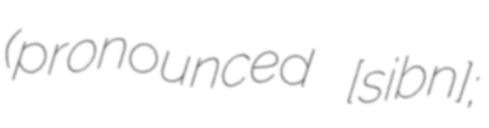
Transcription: (pronounced [ˈsʋiːbnɔ];